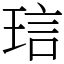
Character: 琂